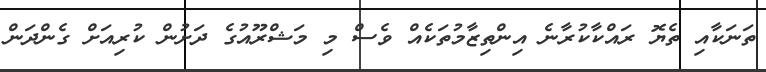
ތަނަކާއި ތެޔޮ ރައްކާކުރާނެ އިންތިޒާމުތަކެއް ވެސް މި މަޝްރޫއުގެ ދަށުން ކުރިއަށް ގެންދަން